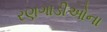
રણગાડીઓના